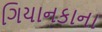
ગિયાનકાના